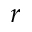
r